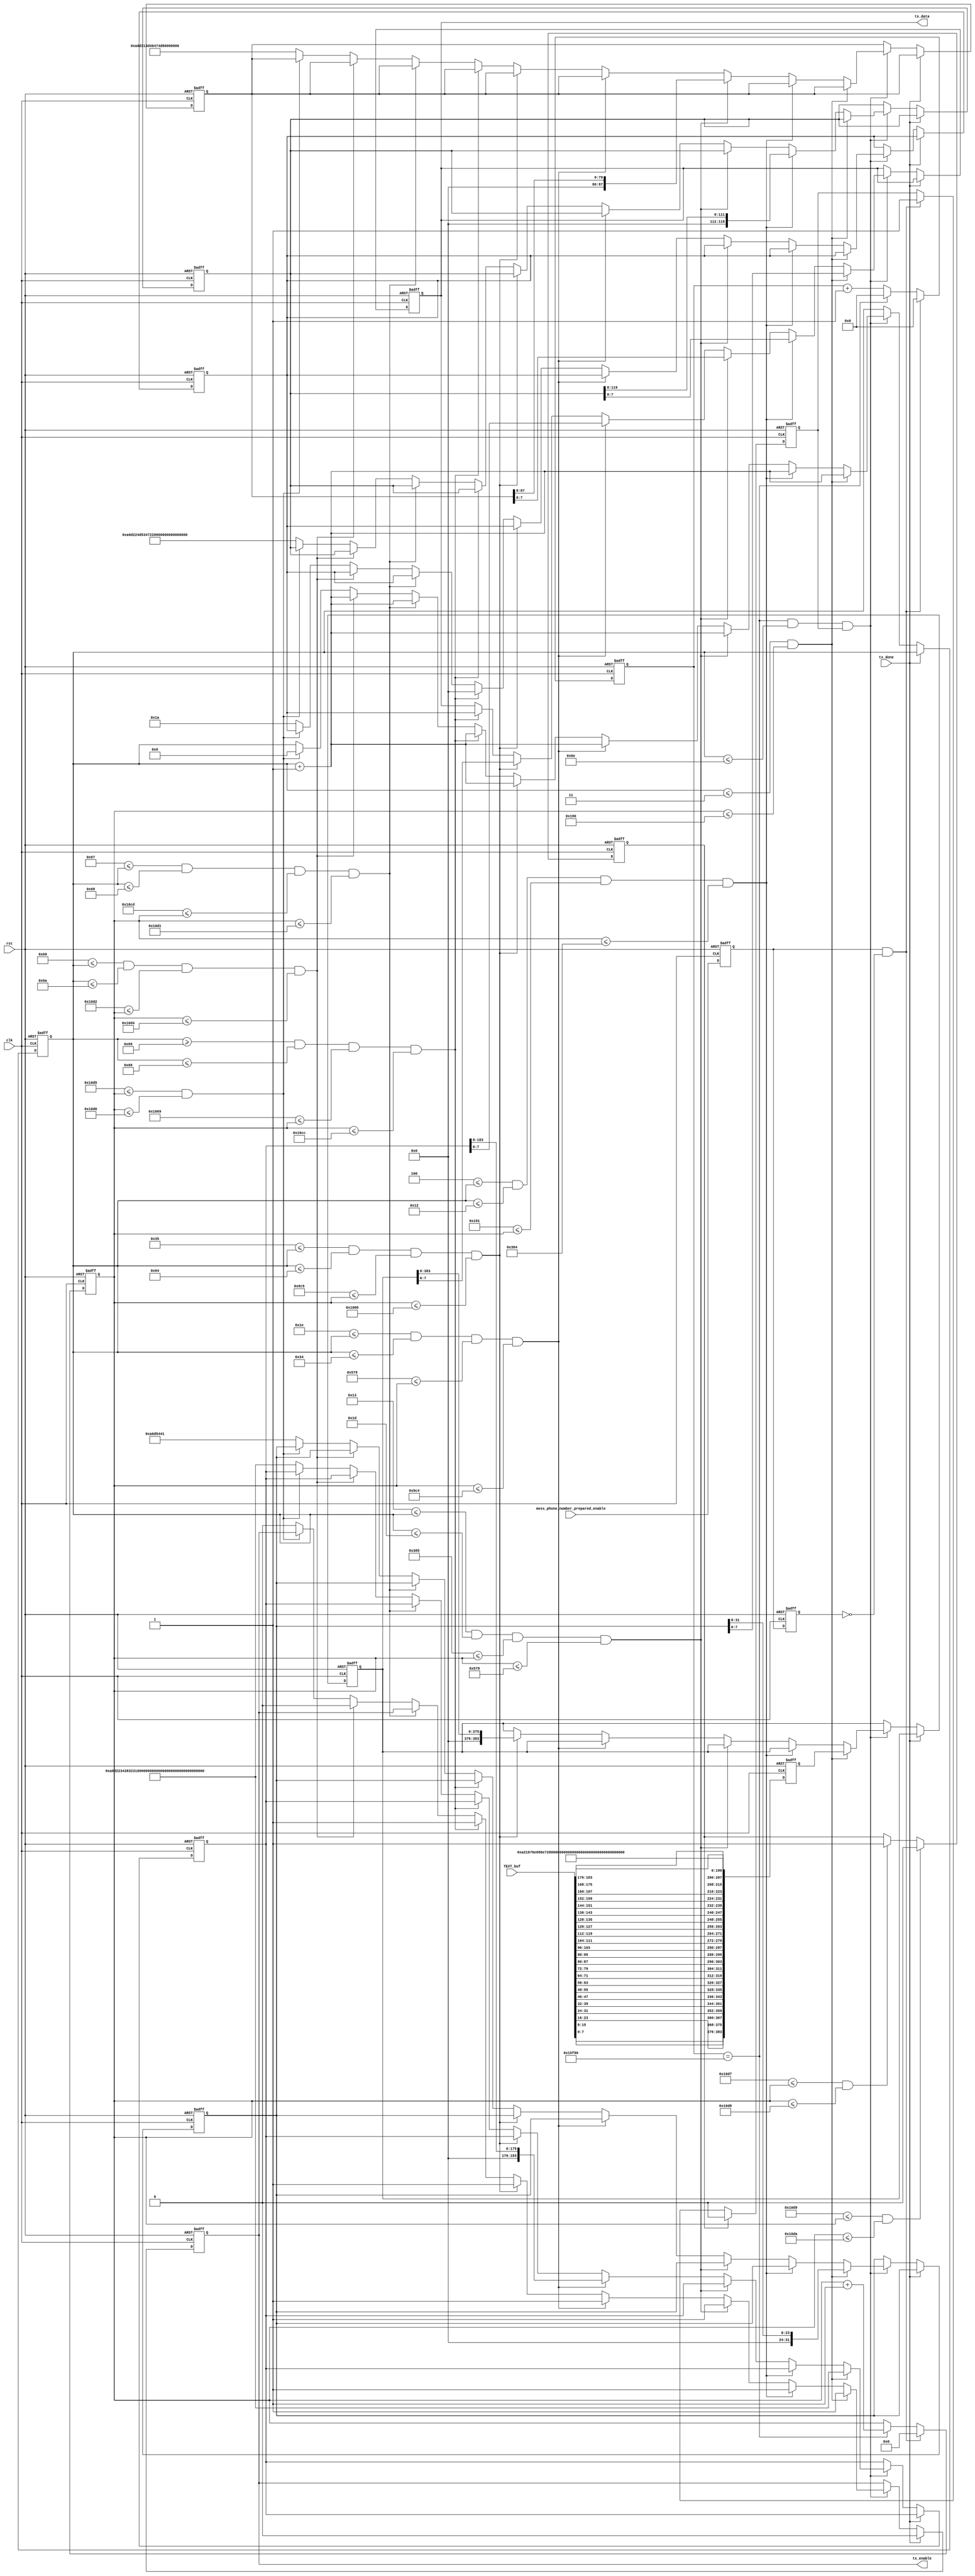
module gsm(  
	input			 			clk,rst,
	input		[183:0] 		TEXT_buf,
	input 						tx_done,//uart,
	input 						mess_phone_number_prepared_enable, // 

	output 	reg 				tx_enable,
	output 	reg	[7:0]			tx_data
	);

	wire		[183:0]			TEXT_buf_r;
	
	
	assign 		TEXT_buf_r[7:0]							= TEXT_buf[183:176];
	assign 		TEXT_buf_r[15:8]						= TEXT_buf[175:168];	
	assign 		TEXT_buf_r[23:16]						= TEXT_buf[167:160];	
	assign 		TEXT_buf_r[31:24]						= TEXT_buf[159:152];
	assign 		TEXT_buf_r[39:32]					 	= TEXT_buf[151:144];	
	assign 		TEXT_buf_r[47:40]					 	= TEXT_buf[143:136];		
	assign 		TEXT_buf_r[55:48]					 	= TEXT_buf[135:128];
	assign 		TEXT_buf_r[63:56]					 	= TEXT_buf[127:120];
	assign 		TEXT_buf_r[71:64]						= TEXT_buf[119:112];
	assign 		TEXT_buf_r[79:72]						= TEXT_buf[111:104];
	assign 		TEXT_buf_r[87:80]						= TEXT_buf[103:96];
	assign 		TEXT_buf_r[95:88]						= TEXT_buf[95:88];
	assign 		TEXT_buf_r[103:96]						= TEXT_buf[87:80];
	assign 		TEXT_buf_r[111:104]				 		= TEXT_buf[79:72];
	assign 		TEXT_buf_r[119:112]					 	= TEXT_buf[71:64];
	assign 		TEXT_buf_r[127:120]				 		= TEXT_buf[63:56];
	assign 		TEXT_buf_r[135:128]					 	= TEXT_buf[55:48];
	assign 		TEXT_buf_r[143:136]						= TEXT_buf[47:40];
	assign 		TEXT_buf_r[151:144]						= TEXT_buf[39:32];
	assign 		TEXT_buf_r[159:152]						= TEXT_buf[31:24];
	assign 		TEXT_buf_r[167:160]						= TEXT_buf[23:16];
	assign 		TEXT_buf_r[175:168]					 	= TEXT_buf[15:8];
	assign 		TEXT_buf_r[183:176]					 	= TEXT_buf[7:0];
			

	

	reg			[383:0]			TEXT_buf_1;
	
	always@(posedge clk or negedge rst)
		if(!rst)
		TEXT_buf_1 <= 1'b0;
		else
		TEXT_buf_1 <= {	TEXT_buf_r,								
						8'h0A,								
						8'h21,8'h67,8'h6E,8'h69,8'h6E,8'h72,8'h61,8'h77,								
						8'h21,8'h67,8'h6E,8'h69,8'h6E,8'h72,8'h61,8'h77,								
						8'h21,8'h67,8'h6E,8'h69,8'h6E,8'h72,8'h61,8'h77};								
										
	
	wire 	[87:0] 			phone_number_buf=88'h34_38_32_31_37_36_32_38_33_37_31;//
	reg		[31:0]			AT;//AT;
	reg		[119:0]			CSCS;//AT+CSCS="GSM", GSM 
	reg		[87:0]			CMGF;//AT+CMGF=1
	reg		[183:0]			CMGS;//AT + CMGS="phone_number"
	reg		[383:0]			TEXT;//message
	reg		[7:0]			jieshu;
	reg		[6:0]			num;
	
	reg message_sent_enable;
	 //  ()
	 reg mess_phone_number_prepared_enable_r1 ;
	 reg mess_phone_number_prepared_enable_r2 ;
	 reg mess_phone_number_prepared_enable_r3 ;
	 always@(posedge clk or negedge rst)
	 if(!rst)	begin
		mess_phone_number_prepared_enable_r1 <= 0 ;
		mess_phone_number_prepared_enable_r2 <= 0 ;
		mess_phone_number_prepared_enable_r3 <= 0 ;
	 end
	 else	begin
		mess_phone_number_prepared_enable_r1 <= mess_phone_number_prepared_enable ;
		mess_phone_number_prepared_enable_r2 <= mess_phone_number_prepared_enable_r1 ;
		mess_phone_number_prepared_enable_r3 <= mess_phone_number_prepared_enable_r2 ;
	 end
	 wire mess_phone_number_prepared_enable_r ;
	 assign mess_phone_number_prepared_enable_r = mess_phone_number_prepared_enable_r2 | mess_phone_number_prepared_enable_r3 ;
	 always@(posedge clk or negedge rst)
	 if(!rst)
		message_sent_enable <= 0 ;
	 else 
		message_sent_enable <= mess_phone_number_prepared_enable_r ;
	
	reg message_sent_enable_r1;
	reg message_sent_enable_r2;
	wire message_sent_enable_r;
	assign message_sent_enable_r = message_sent_enable_r1 & ~message_sent_enable_r2 ;
	always@(posedge clk or negedge rst)
	if(!rst)	begin
		message_sent_enable_r1 <= 0;
		message_sent_enable_r2 <= 0;
		end
	else	begin
		message_sent_enable_r1 <= mess_phone_number_prepared_enable;
		message_sent_enable_r2 <= message_sent_enable_r1 ;
		end

	parameter T1s = 27'd90_000;

	reg[26:0]cnt_T1s;
	reg[25:0]cnt_T5s;
	
	always@(posedge clk or negedge rst)
	begin
		if(!rst) begin
			cnt_T1s <= 26'd0;
			end
		else if(message_sent_enable_r==1'b1) begin
			cnt_T1s <= 0 ;
			end
		else if(cnt_T1s == T1s)	begin	//8bitASCII		
			cnt_T1s <= 26'd0;
			end
		else begin
			cnt_T1s <= cnt_T1s + 1'b1;
			end
	end
 
	always@(posedge clk or negedge rst)
	begin
		if(!rst) begin
			cnt_T5s <= 26'd0;
			end
		else if(message_sent_enable_r==1'b1) begin
			cnt_T5s <= 0 ;
			end
		else if(cnt_T1s == T1s) begin	     
			cnt_T5s <= cnt_T5s + 1'b1;
			end
		else begin
			cnt_T5s <= cnt_T5s;
			end
	end
 
	reg message_sent_done_flag ;		//"1",
	reg message_sent_enable_en ;		//"1"
	always@(posedge clk or negedge rst)	
	begin
		if(!rst)	//
			message_sent_enable_en <= 0 ;
		else if(message_sent_done_flag==1'b1)	//
			message_sent_enable_en <= 0 ;	//
		else if(message_sent_enable_r==1'b1)	//
			message_sent_enable_en <= 1 ;	//
	end
 
 
	always@(posedge clk or negedge rst)
	begin
		if(!rst) begin
			tx_enable <= 1'b0;
			AT <= 32'h0a_0d_54_41;
			tx_data <= 8'b0;
			CSCS <= 120'h0a_0d_22_4d_53_47_22_3d_53_43_53_43_2b_54_41;//AT+CSCS="GSM",15
			CMGF <= 88'h0a_0d_31_3d_46_47_4d_43_2b_54_41;//AT+CMGF=1,11
			jieshu <= 8'h1A;
			TEXT <= 0;
			num <= 0;
			CMGS <= 0 ;
			end
		else if(tx_done) begin   
			tx_enable <= 1'b0;
			end
		else if(cnt_T1s == T1s && num <= 10'd110 && message_sent_enable_en==1) begin	//ASCII	
			
			if((num <= 2'd3) && (cnt_T5s <= 9'd400) ) begin  //AT A T   => 4*4*8=128128cnt_T5s400128+272OK		
			tx_enable <= 1'b1;
			tx_data <= AT;
			AT <= AT >> 4'd8;
			num <= num + 1'b1;		//numalwaysnumcnt_5snum
			TEXT <= TEXT_buf_1 ;
			CMGS <= {24'h0a0d22,phone_number_buf,72'h223d53474d432b5441};
			end		
		//ATTENTION PLEASE!!! num3cnt_T5scnt_T5s401		
		//AT+CSCS="GSM"15
			else if( 3'd4 <= num && num <= 5'd18 &&  9'd401 <= cnt_T5s && cnt_T5s <= 10'd900 )//CMGF   11*4*8=352,400+352+148=900 148
			begin
				tx_enable <= 1'b1;
				tx_data <= CSCS;
				CSCS <= CSCS >> 4'd8;
				num <= num + 1'b1;
			end		
			//AT+CMGF=1 11
			else if( 5'd19 <= num && num <= 5'd29 && 10'd901 <= cnt_T5s && cnt_T5s <= 11'd1400 )//CSMP
			begin
				tx_enable <= 1'b1;
				tx_data <= CMGF;
				CMGF <= CMGF >> 8;
				num <= num + 1'b1;
			end		
			//CMGS="",23
			else if( 30 <= num && num <= 52 && 1401 <= cnt_T5s && cnt_T5s <= 2500 )//CSCS
			begin
				tx_enable <= 1'b1;
				tx_data <= CMGS;
				CMGS <= CMGS >> 4'd8;
				num <= num + 1'b1;
			end
			//48
			else if( 53 <= num && num <= 100 && 2501 <= cnt_T5s && cnt_T5s <= 4200)//CMGS//1700s
			begin
				tx_enable <= 1'b1;
				tx_data <= TEXT;
				TEXT <= TEXT >> 8;
				num <= num + 1'b1;
			end
			//1A
			else if( num >= 101 && num <= 102 && 4201 <= cnt_T5s && cnt_T5s <= 4300)//CMGS
			begin
				tx_enable <= 1'b1;
				tx_data <= jieshu;
				jieshu <= jieshu >> 8;
				num <= num + 1'b1;
			end
			else if(103 <= num && num <= 104 && 4301 <= cnt_T5s && cnt_T5s <= 4305) begin
					num <= num+1 ;
					end
			else if(105 <= num && num <= 106 && 4306 <= cnt_T5s && cnt_T5s <= 4308) begin

				tx_enable <= 1'b0;
				num <= num + 1'b1 ;
//				num <= 0;
				end 
			else if(4309 <= cnt_T5s && cnt_T5s <= 4310)
			num <= 0 ;
			else 
			begin
				tx_enable <= 1'b0;
				tx_data <= tx_data;
				num <= num;
				CSCS <= 120'h0a_0d_22_4d_53_47_22_3d_53_43_53_43_2b_54_41;//AT+CSCS="GSM",15
				CMGF <= 88'h0a_0d_31_3d_46_47_4d_43_2b_54_41;//AT+CMGF=1,11
				AT <= 32'h0a_0d_54_41;
				jieshu <= 8'h1A;
				CMGS <= {24'h0a0d22,phone_number_buf,72'h223d53474d432b5441};
			end
		end
	end
	
	always@(posedge clk or negedge rst)
	if(!rst)
	message_sent_done_flag <= 0 ;
	else if(4313 <= cnt_T5s && cnt_T5s <= 4314)
	message_sent_done_flag <= 0 ;
	else if(4311 <= cnt_T5s && cnt_T5s <= 4312)		//223
	message_sent_done_flag <= 1 ;
	else
	message_sent_done_flag <= message_sent_done_flag ;

endmodule